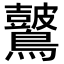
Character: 𪇞